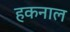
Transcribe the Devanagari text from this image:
हकनाल